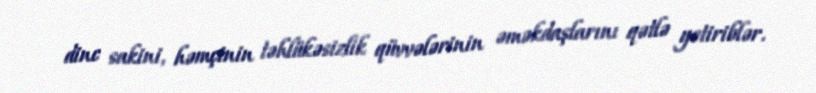
dinc sakini, həmçinin təhlükəsizlik qüvvələrinin əməkdaşlarını qətlə yetiriblər.